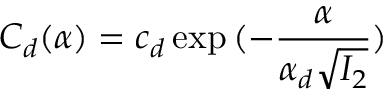
C _ { d } ( \alpha ) = c _ { d } \exp { ( - \frac { \alpha } { \alpha _ { d } \sqrt { I _ { 2 } } } ) }